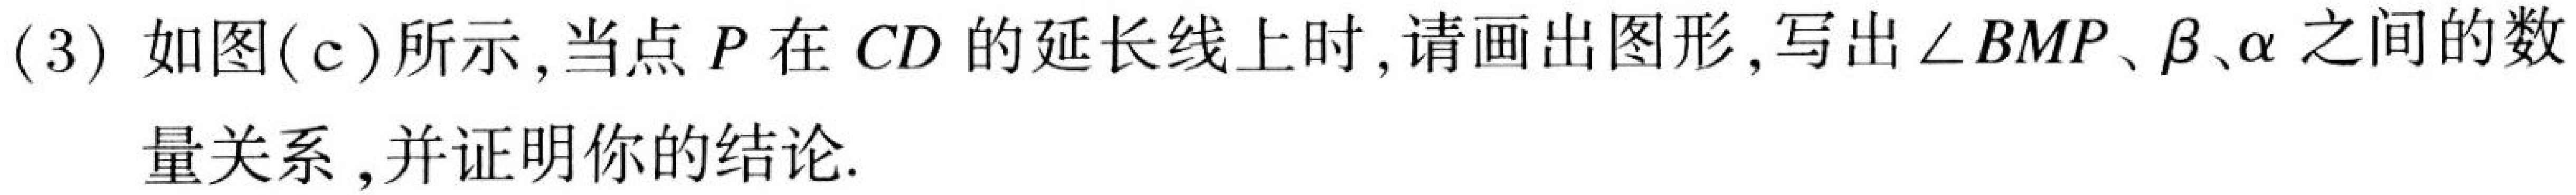
(3) 如图(c)所示,当点 \(P\) 在 \(CD\) 的延长线上时,请画出图形,写出 \(\angle BMP\)、\(\beta\)、\(\alpha\) 之间的数
量关系,并证明你的结论.